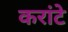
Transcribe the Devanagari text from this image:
करांटे